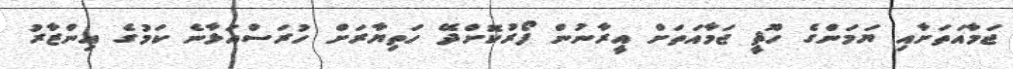
ޖަމާއަތަށާއި ޔަމަންގެ ހޫޘީ ޖަމާއަތަށް އީރާނުން ފޯރުކޮށްދޭ ހަތިޔާރަށް ހުރަސްއަޅާނެ ކަމުގެ އިންޒާރު